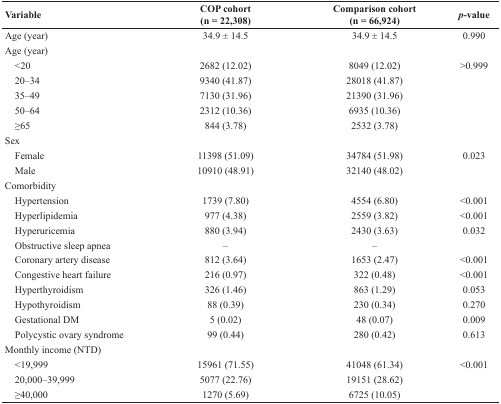
<table><thead><tr><td><b>Variable</b></td><td><b>COP cohort(n = 22,308)</b></td><td><b>Comparison cohort(n = 66,924)</b></td><td><b><i>p</i>-value</b></td></tr></thead><tbody><tr><td>Age (year)</td><td>34.9 ± 14.5</td><td>34.9 ± 14.5</td><td>0.990</td></tr><tr><td>Age (year)</td><td></td><td></td><td></td></tr><tr><td> &lt;20</td><td>2682 (12.02)</td><td>8049 (12.02)</td><td>&gt;0.999</td></tr><tr><td> 20–34</td><td>9340 (41.87)</td><td>28018 (41.87)</td><td></td></tr><tr><td> 35–49</td><td>7130 (31.96)</td><td>21390 (31.96)</td><td></td></tr><tr><td> 50–64</td><td>2312 (10.36)</td><td>6935 (10.36)</td><td></td></tr><tr><td> ≥65</td><td>844 (3.78)</td><td>2532 (3.78)</td><td></td></tr><tr><td>Sex</td><td></td><td></td><td></td></tr><tr><td> Female</td><td>11398 (51.09)</td><td>34784 (51.98)</td><td>0.023</td></tr><tr><td> Male</td><td>10910 (48.91)</td><td>32140 (48.02)</td><td></td></tr><tr><td>Comorbidity</td><td></td><td></td><td></td></tr><tr><td> Hypertension</td><td>1739 (7.80)</td><td>4554 (6.80)</td><td>&lt;0.001</td></tr><tr><td> Hyperlipidemia</td><td>977 (4.38)</td><td>2559 (3.82)</td><td>&lt;0.001</td></tr><tr><td> Hyperuricemia</td><td>880 (3.94)</td><td>2430 (3.63)</td><td>0.032</td></tr><tr><td> Obstructive sleep apnea</td><td>–</td><td>–</td><td></td></tr><tr><td> Coronary artery disease</td><td>812 (3.64)</td><td>1653 (2.47)</td><td>&lt;0.001</td></tr><tr><td> Congestive heart failure</td><td>216 (0.97)</td><td>322 (0.48)</td><td>&lt;0.001</td></tr><tr><td> Hyperthyroidism</td><td>326 (1.46)</td><td>863 (1.29)</td><td>0.053</td></tr><tr><td> Hypothyroidism</td><td>88 (0.39)</td><td>230 (0.34)</td><td>0.270</td></tr><tr><td> Gestational DM</td><td>5 (0.02)</td><td>48 (0.07)</td><td>0.009</td></tr><tr><td> Polycystic ovary syndrome</td><td>99 (0.44)</td><td>280 (0.42)</td><td>0.613</td></tr><tr><td>Monthly income (NTD)</td><td></td><td></td><td></td></tr><tr><td> &lt;19,999</td><td>15961 (71.55)</td><td>41048 (61.34)</td><td>&lt;0.001</td></tr><tr><td> 20,000–39,999</td><td>5077 (22.76)</td><td>19151 (28.62)</td><td></td></tr><tr><td> ≥40,000</td><td>1270 (5.69)</td><td>6725 (10.05)</td><td></td></tr></tbody></table>